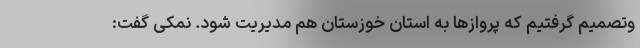
وتصمیم گرفتیم که پروازها به استان خوزستان هم مدیریت شود. نمکی گفت: